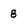
Character: 8